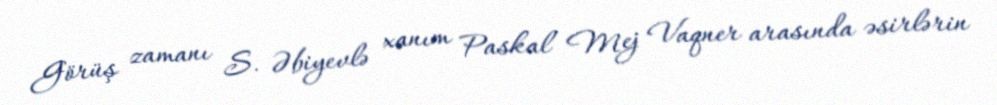
Görüş zamanı S. Əbiyevlə xanım Paskal Mej Vaqner arasında əsirlərin